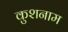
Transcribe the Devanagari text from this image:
कुशनाम